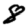
Digit: 8